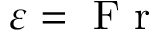
\varepsilon = \textnormal { F r }